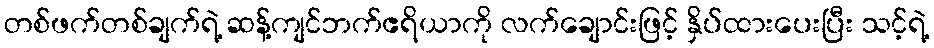
တစ်ဖက်တစ်ချက်ရဲ့ ဆန့်ကျင်ဘက်ဧရိယာကို လက်ချောင်းဖြင့် နှိပ်ထားပေးပြီး သင့်ရဲ့